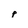
Character: p